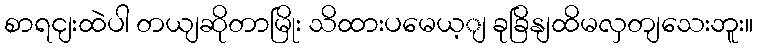
စာရငျးထဲပါ တယျဆိုတာမြိုး သိထားပမေယ့ျ ခုခြိနျထိမလှတျသေးဘူး။